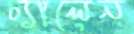
চ্যালেন